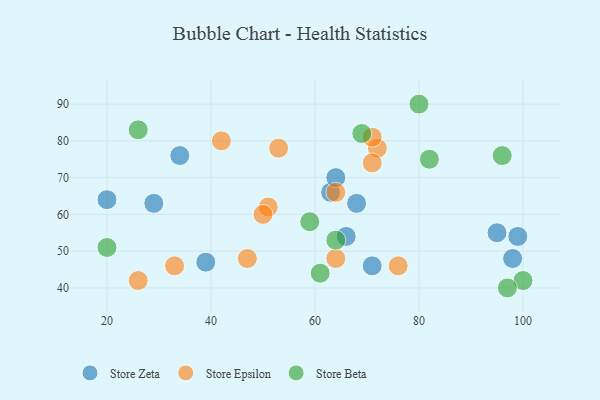
{"axis": {"x": "GDP", "y": "Life Expectancy"}, "legend": ["Store Beta", "Store Epsilon", "Store Zeta"], "data": [{"x": "68", "y": 63, "type": "Store Zeta"}, {"x": "95", "y": 55, "type": "Store Zeta"}, {"x": "29", "y": 63, "type": "Store Zeta"}, {"x": "71", "y": 46, "type": "Store Zeta"}, {"x": "66", "y": 54, "type": "Store Zeta"}, {"x": "99", "y": 54, "type": "Store Zeta"}, {"x": "39", "y": 47, "type": "Store Zeta"}, {"x": "98", "y": 48, "type": "Store Zeta"}, {"x": "63", "y": 66, "type": "Store Zeta"}, {"x": "64", "y": 70, "type": "Store Zeta"}, {"x": "34", "y": 76, "type": "Store Zeta"}, {"x": "20", "y": 64, "type": "Store Zeta"}, {"x": "51", "y": 62, "type": "Store Epsilon"}, {"x": "42", "y": 80, "type": "Store Epsilon"}, {"x": "72", "y": 78, "type": "Store Epsilon"}, {"x": "47", "y": 48, "type": "Store Epsilon"}, {"x": "71", "y": 74, "type": "Store Epsilon"}, {"x": "76", "y": 46, "type": "Store Epsilon"}, {"x": "26", "y": 42, "type": "Store Epsilon"}, {"x": "71", "y": 81, "type": "Store Epsilon"}, {"x": "50", "y": 60, "type": "Store Epsilon"}, {"x": "64", "y": 48, "type": "Store Epsilon"}, {"x": "33", "y": 46, "type": "Store Epsilon"}, {"x": "53", "y": 78, "type": "Store Epsilon"}, {"x": "64", "y": 66, "type": "Store Epsilon"}, {"x": "69", "y": 82, "type": "Store Beta"}, {"x": "82", "y": 75, "type": "Store Beta"}, {"x": "64", "y": 53, "type": "Store Beta"}, {"x": "80", "y": 90, "type": "Store Beta"}, {"x": "20", "y": 51, "type": "Store Beta"}, {"x": "26", "y": 83, "type": "Store Beta"}, {"x": "61", "y": 44, "type": "Store Beta"}, {"x": "59", "y": 58, "type": "Store Beta"}, {"x": "100", "y": 42, "type": "Store Beta"}, {"x": "97", "y": 40, "type": "Store Beta"}, {"x": "96", "y": 76, "type": "Store Beta"}]}